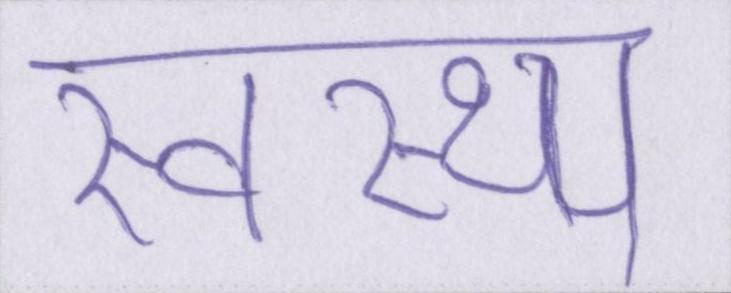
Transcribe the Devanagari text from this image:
स्वस्थ्य